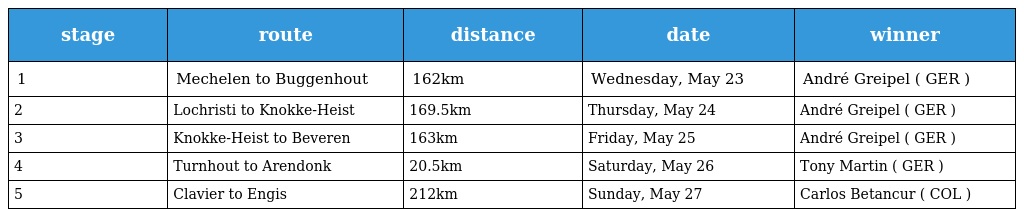
| stage | route | distance | date | winner |
 | --- | --- | --- | --- | --- |
 | 1 | Mechelen to Buggenhout | 162km | Wednesday, May 23 | André Greipel ( GER ) |
 | 2 | Lochristi to Knokke-Heist | 169.5km | Thursday, May 24 | André Greipel ( GER ) |
 | 3 | Knokke-Heist to Beveren | 163km | Friday, May 25 | André Greipel ( GER ) |
 | 4 | Turnhout to Arendonk | 20.5km | Saturday, May 26 | Tony Martin ( GER ) |
 | 5 | Clavier to Engis | 212km | Sunday, May 27 | Carlos Betancur ( COL ) |